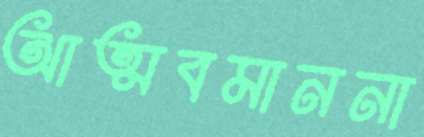
আত্মবমাননা